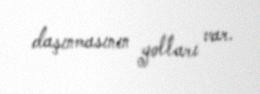
daşınmasının yolları var.